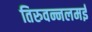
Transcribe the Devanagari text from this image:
तिरुवन्नलमई